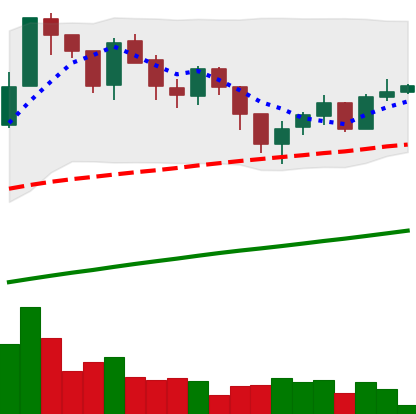
Ticker: LTC-USD
Chart end date: 2017-07-22
Forward return: -9.49%
Label: down_7plus